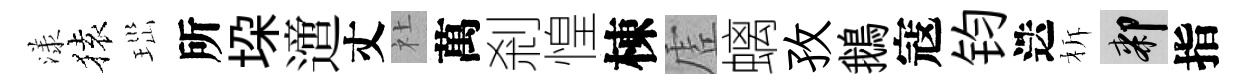
漾𫞤𤤼所垜𨗁丈社萬剎惶棟虗螭孜鵝寇钧迭柝膝指